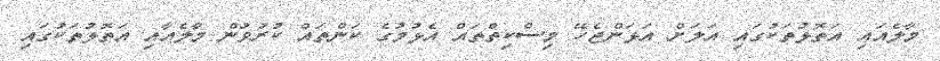
މާލެއައި އަތޮޅުތަކުގައި އަލަށް އަޅަންޖެހޭ މިސްކިތްތައް އެޅުމުގެ ކަންތައް ކުރުވުން މާލެއާއި އަތޮޅުތަކުގައި